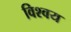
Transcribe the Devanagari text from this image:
विश्वय